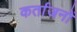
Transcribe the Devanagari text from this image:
कर्ताजनों